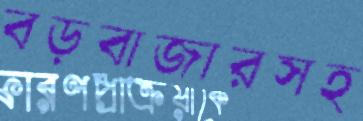
বড়বাজারসহ